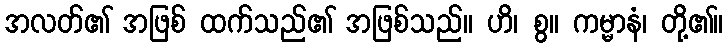
အလတ်၏ အဖြစ် ထက်သည်၏ အဖြစ်သည်။ ဟိ၊ စွ။ ကမ္မာနံ၊ တို့၏။